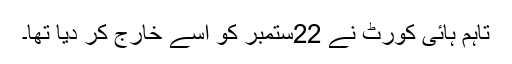
تاہم ہائی کورٹ نے 22ستمبر کو اسے خارج کر دیا تھا۔